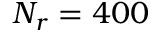
N _ { r } = 4 0 0